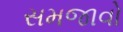
સમજાવો